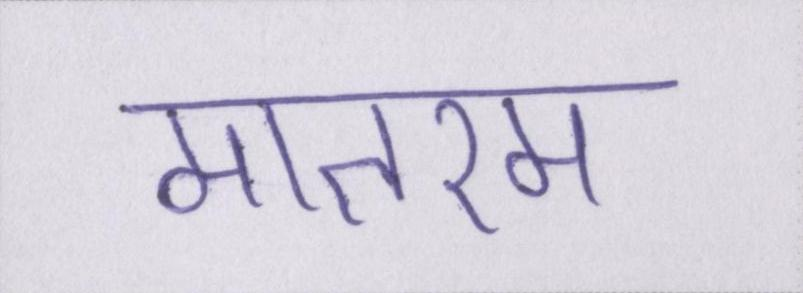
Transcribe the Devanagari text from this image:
मातरम